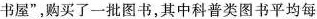
书屋”，购买了一批图书，其中科普类图书平均每